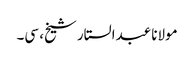
مولانا عبدالستار شیخ، سی۔